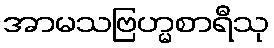
အာမသဗြဟ္မစာရီသု